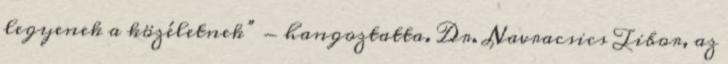
legyenek a közéletnek” - hangoztatta. Dr. Navracsics Tibor, az